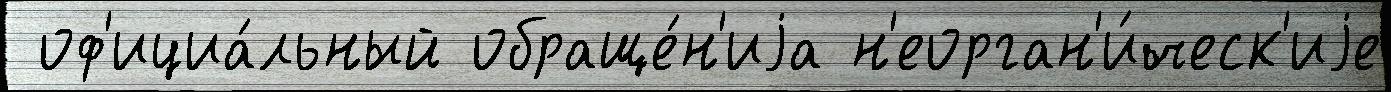
 оф'ициа́льный обраще́н'иjа н'еорган'и́ческ'иjе